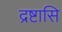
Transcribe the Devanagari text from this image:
द्रष्टासि